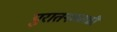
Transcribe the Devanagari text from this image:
पुरातनकाळी